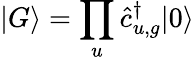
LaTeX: |G\rangle=\prod_{u}\hat{c}_{u,g}^{\dagger}|0\rangle